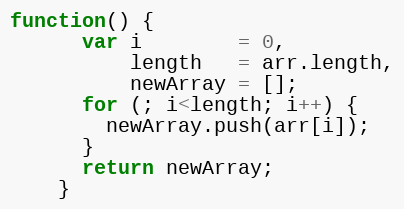
Language: JavaScript
function() {
      var i        = 0,
          length   = arr.length,
          newArray = [];
      for (; i<length; i++) {
        newArray.push(arr[i]);
      }
      return newArray;
    }